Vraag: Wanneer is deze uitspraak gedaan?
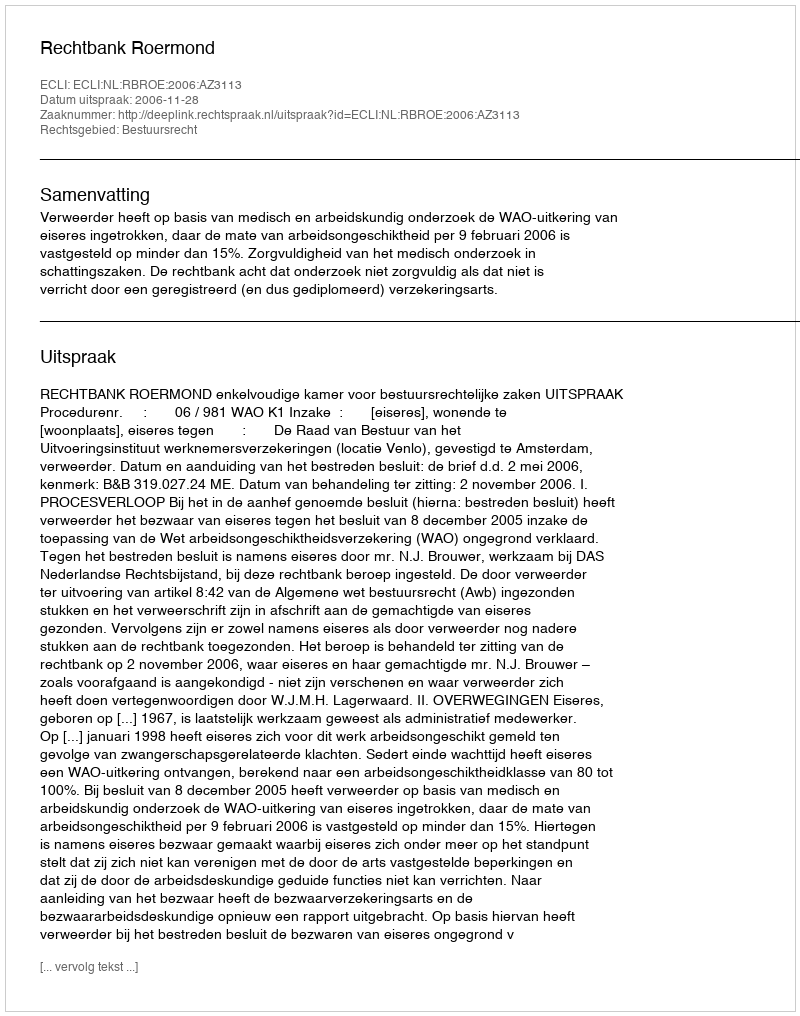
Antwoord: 2006-11-28